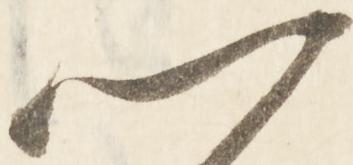
門